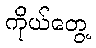
ကိုယ်တွေ့